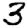
Digit: 3